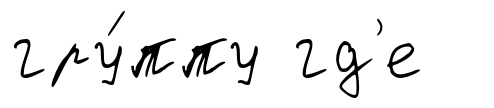
гру́ппу гд'е